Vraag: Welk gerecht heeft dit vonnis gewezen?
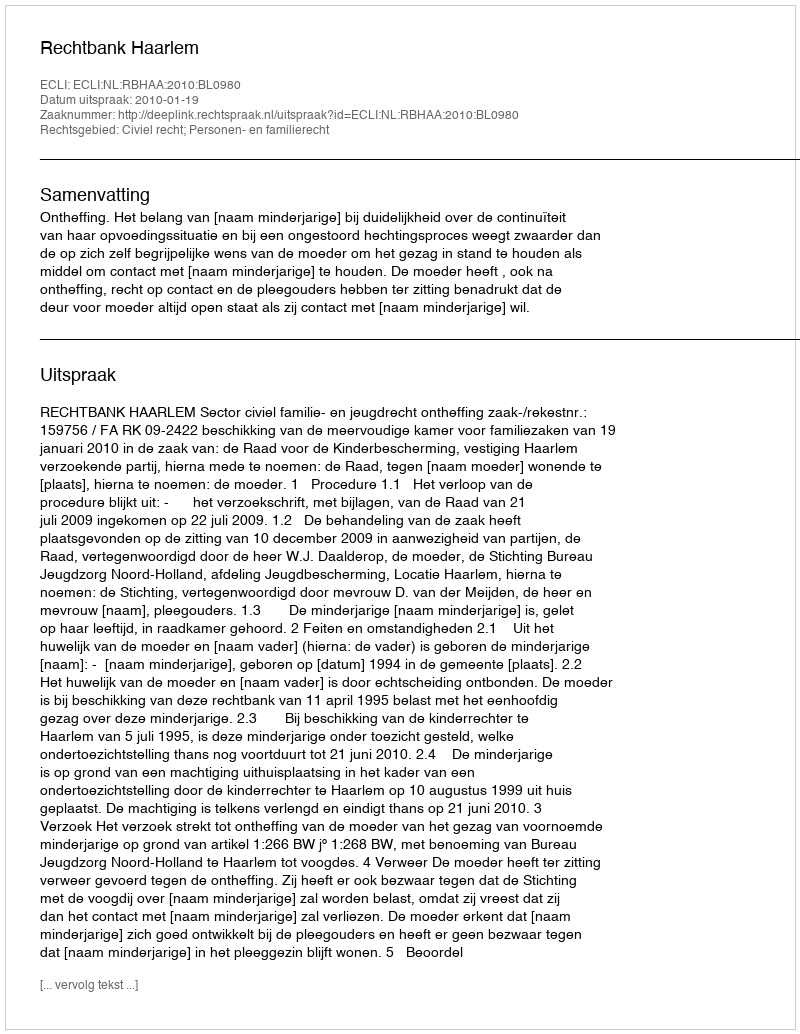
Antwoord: Rechtbank Haarlem